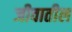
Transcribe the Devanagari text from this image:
जीवातील